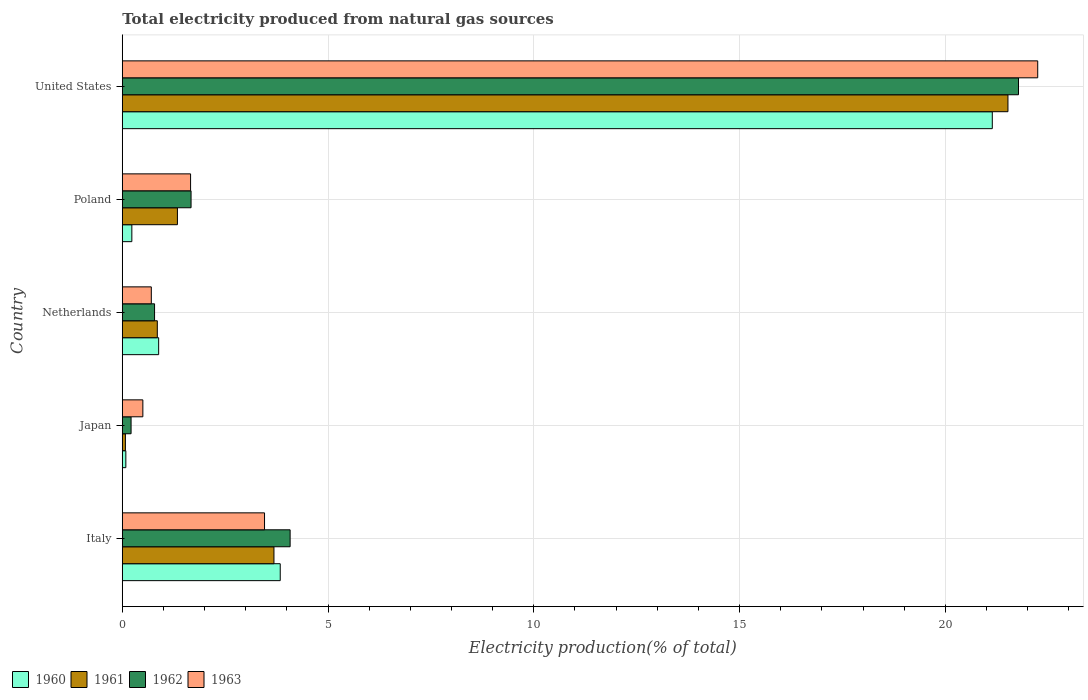
| Country | 1960 | 1961 | 1962 | 1963 |
 | --- | --- | --- | --- | --- |
 | Italy | 3.84 | 3.69 | 4.08 | 3.46 |
 | Japan | 0.0866 | 0.0757 | 0.214 | 0.5 |
 | Netherlands | 0.884 | 0.851 | 0.784 | 0.705 |
 | Poland | 0.232 | 1.34 | 1.67 | 1.66 |
 | United States | 21.1 | 21.5 | 21.8 | 22.2 |